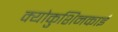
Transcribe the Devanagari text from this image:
क्योकुशिनकाई